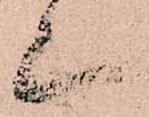
上